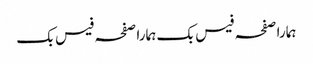
ہمارا صفحہ فیس بک	ہمارا صفحہ فیس بک